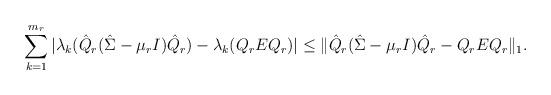
LaTeX: \begin{align*}\sum_{k=1}^{m_r}|\lambda_k(\hat Q_r(\hat \Sigma-\mu_rI)\hat Q_r)-\lambda_k(Q_rEQ_r)|\leq \|\hat Q_r(\hat \Sigma-\mu_rI)\hat Q_r-Q_rEQ_r\|_1.\end{align*}